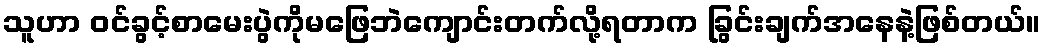
သူဟာ ဝင်ခွင့်စာမေးပွဲကိုမဖြေဘဲကျောင်းတက်လို့ရတာက ခြွင်းချက်အနေနဲ့ဖြစ်တယ်။